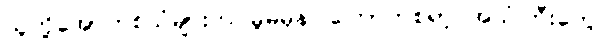
သူတို့အော်ဟစ်သံများက မူမမှန်၊ ကြောက်စရာ့ အသံကြီးတွေ။